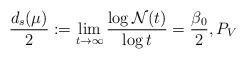
\begin{align*} \frac{d_s(\mu)}{2} := \lim_{t\to\infty} \frac{\log{\mathcal{N} (t)}}{\log{t}} = \frac{\beta_0}{2}, P_V \end{align*}